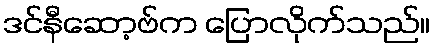
ဒင်နီဆော့ဗ်က ပြောလိုက်သည်။